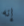
إنه